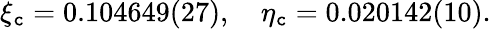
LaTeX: \xi_{\mathtt{c}}=0.104649(27),\quad\eta_{\mathtt{c}}=0.020142(10).